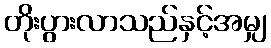
တိုးပွားလာသည်နှင့်အမျှ